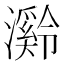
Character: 𪷶